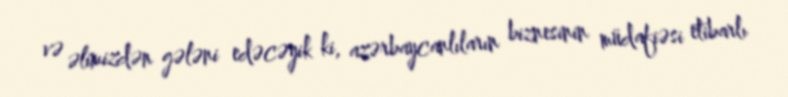
və əlimizdən gələni edəcəyik ki, azərbaycanlıların biznesinin müdafiəsi etibarlı